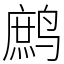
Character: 鹧